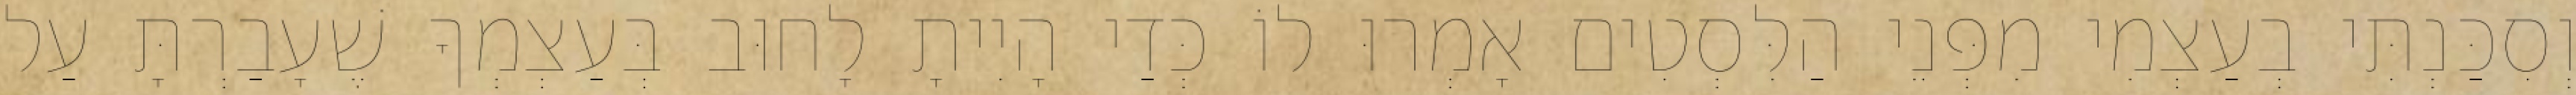
וְסִכַּנְתִּי בְעַצְמִי מִפְּנֵי הַלִּסְטִים אָמְרוּ לוֹ כְּדַי הָיִיתָ לָחוּב בְּעַצְמְךָ שֶׁעָבַרְתָּ עַל